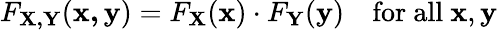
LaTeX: F_{\mathbf{X,Y}}(\mathbf{x,y})=F_{\mathbf{X}}(\mathbf{x})\cdot F_{\mathbf{Y}}(\mathbf{y})\quad{\mathrm{for~all~}}\mathbf{x},\mathbf{y}